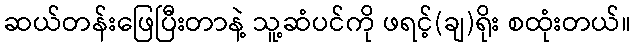
ဆယ်တန်းဖြေပြီးတာနဲ့ သူ့ဆံပင်ကို ဖရင့်(ချ)ရိုး စထုံးတယ်။